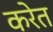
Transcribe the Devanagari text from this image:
करेत